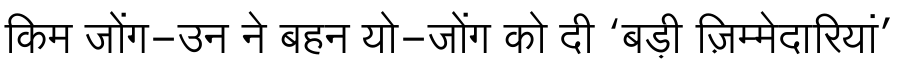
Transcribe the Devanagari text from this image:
किम जोंग-उन ने बहन यो-जोंग को दी ‘बड़ी ज़िम्मेदारियां’